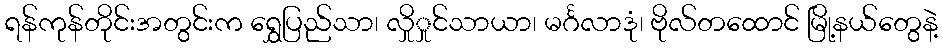
ရန်ကုန်တိုင်းအတွင်းက ရွှေပြည်သာ၊ လှိုှုင်သာယာ၊ မင်္ဂလာဒုံ၊ ဗိုလ်တထောင် မြို့နယ်တွေနဲ့